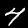
Label: 4